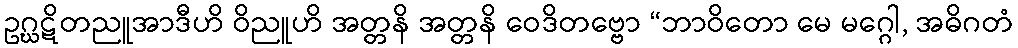
ဥဂ္ဃဋိတညူအာဒီဟိ ဝိညူဟိ အတ္တနိ အတ္တနိ ဝေဒိတဗ္ဗော “ဘာဝိတော မေ မဂ္ဂေါ, အဓိဂတံ